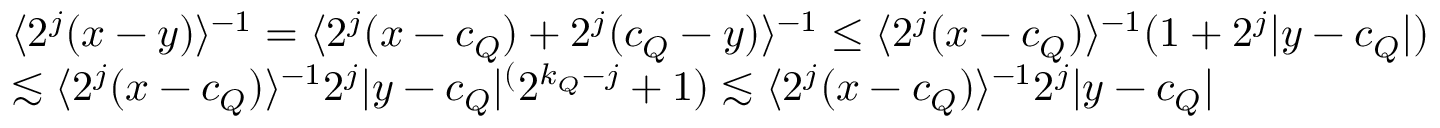
\begin{array} { r l } & { \langle 2 ^ { j } ( x - y ) \rangle ^ { - 1 } = \langle 2 ^ { j } ( x - c _ { Q } ) + 2 ^ { j } ( c _ { Q } - y ) \rangle ^ { - 1 } \leq \langle 2 ^ { j } ( x - c _ { Q } ) \rangle ^ { - 1 } ( 1 + 2 ^ { j } | y - c _ { Q } | ) } \\ & { \lesssim \langle 2 ^ { j } ( x - c _ { Q } ) \rangle ^ { - 1 } 2 ^ { j } | y - c _ { Q } | ^ ( 2 ^ { k _ { Q } - j } + 1 ) \lesssim \langle 2 ^ { j } ( x - c _ { Q } ) \rangle ^ { - 1 } 2 ^ { j } | y - c _ { Q } | } \end{array}